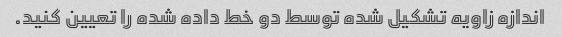
اندازه زاویه تشکیل شده توسط دو خط داده شده را تعیین کنید.